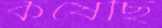
কষেছি